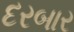
દરબાર